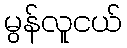
မွန်လူငယ်